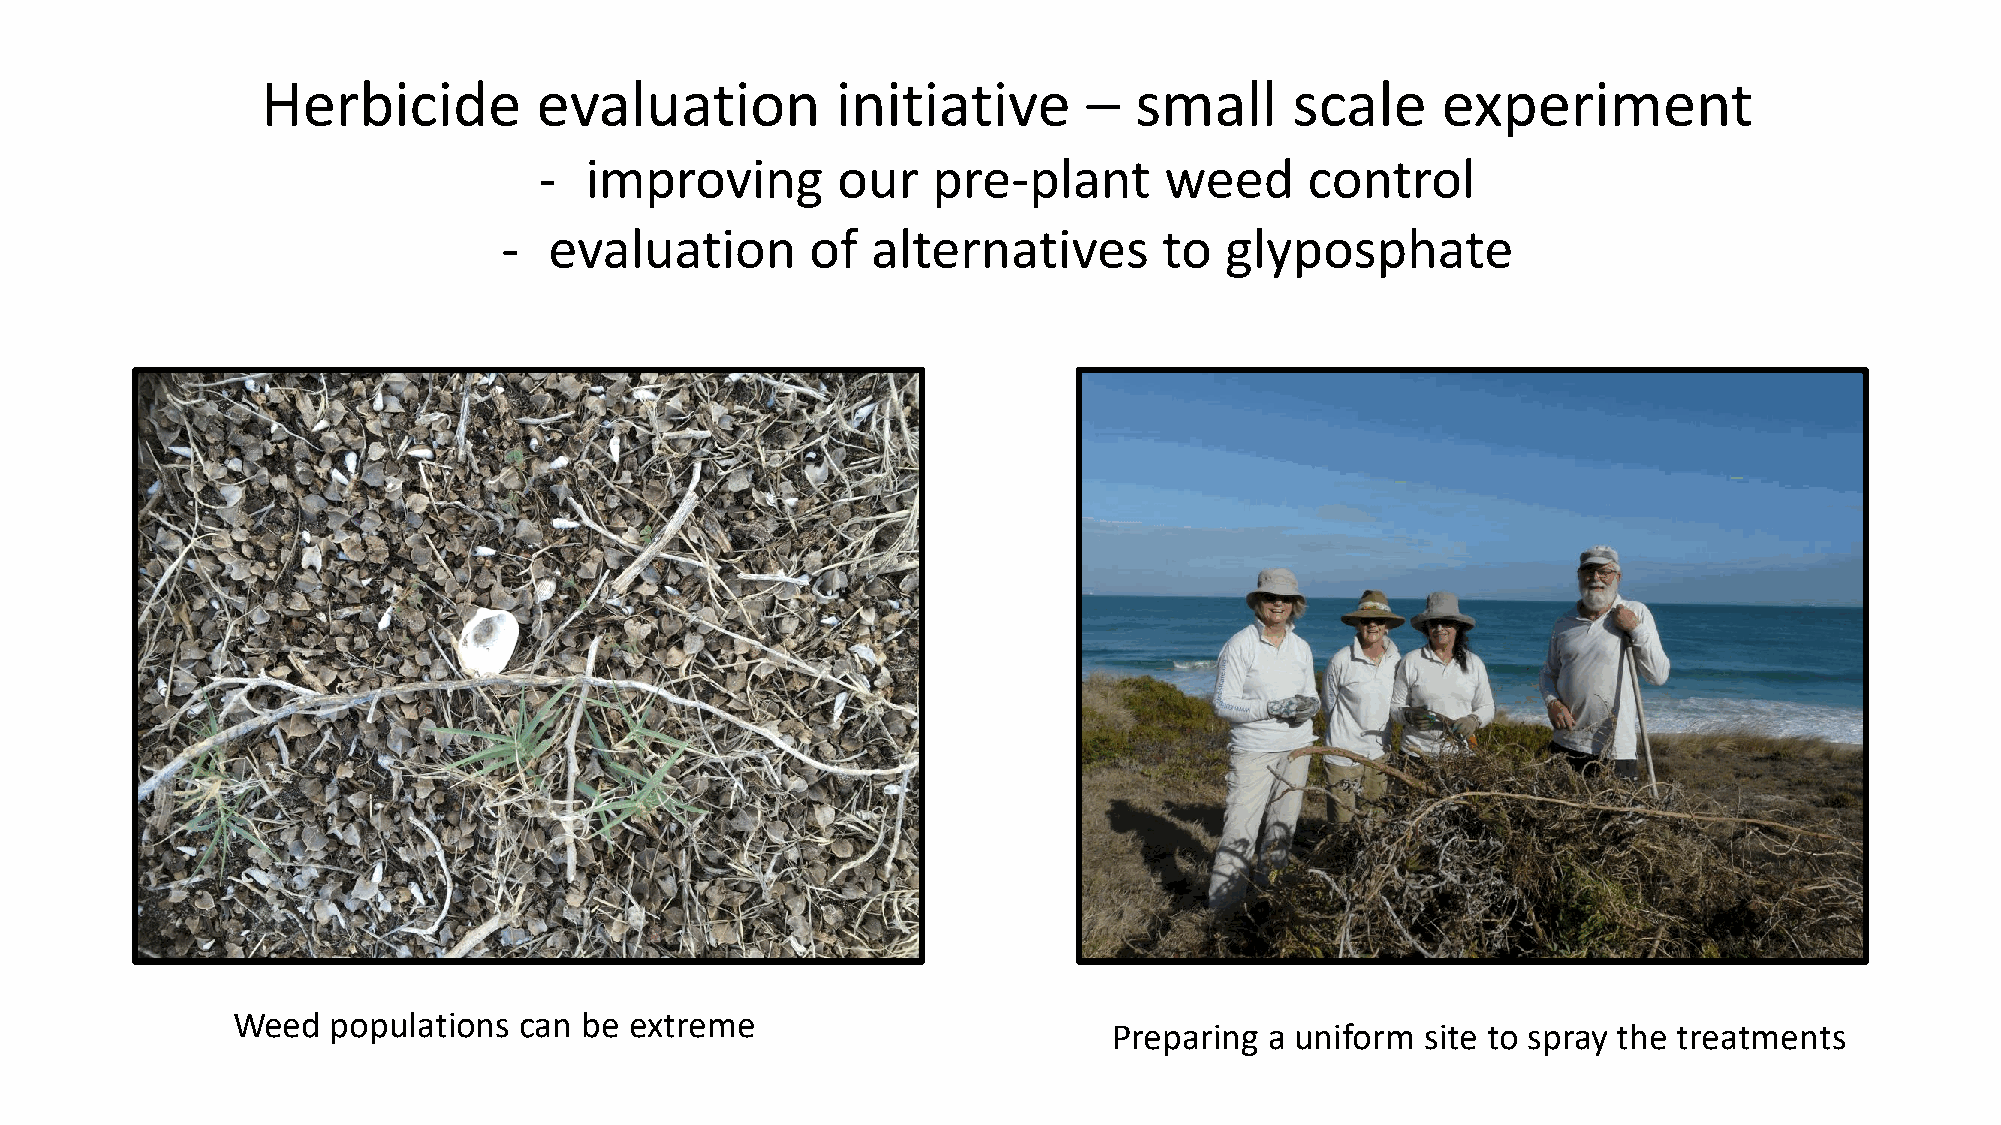
Herbicide          evaluation         initiative       –  small      scale    experiment
 -  improving       our    pre-plant      weed      control
 -  evaluation        of  alternatives       to  glyposphate
 Weed   populations can be  extreme
 Preparing a uniform site to spray the treatments